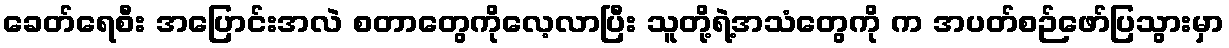
ခေတ်ရေစီး အပြောင်းအလဲ စတာတွေကိုလေ့လာပြီး သူတို့ရဲ့အသံတွေကို က အပတ်စဉ်ဖော်ပြသွားမှာ